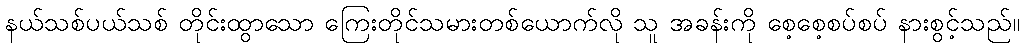
နယ်သစ်ပယ်သစ် တိုင်းထွာသော ကြေးတိုင်သမားတစ်ယောက်လို သူ အခန်းကို စေ့စေ့စပ်စပ် နားစွင့်သည်။